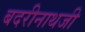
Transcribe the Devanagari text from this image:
बदरीनाथजी